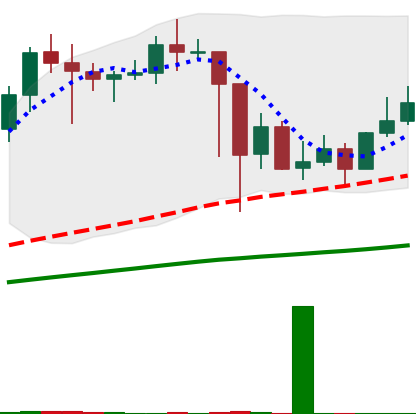
Ticker: LINK-USD
Chart end date: 2021-03-03
Forward return: 5.696%
Label: up_5_7